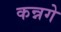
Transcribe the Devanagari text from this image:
कन्नगे